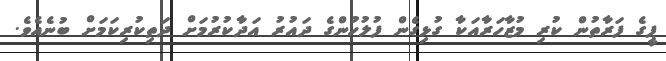
ޕީގެ ފަރާތުން ކުރި މުޒާހަރާއަކާ ގުޅިގެން ފުލުހުންގެ ދައުރު އަދާކުރުމަށް ދަތިކުރިކަމަށް ބުނެއެވެ.